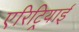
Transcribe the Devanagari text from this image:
एरिट्रियाई